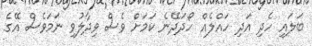
ބަލައި ހެދި އަދި ހައްލެއް ހޯދަދޭނެ ކަމަށް ވެސް ވިދާލުވި ނަމަވެސް އޭގެ